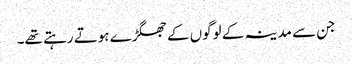
جن سے مدینہ کے لوگوں کے جھگڑے ہوتے رہتے تھے۔